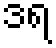
ဒရ